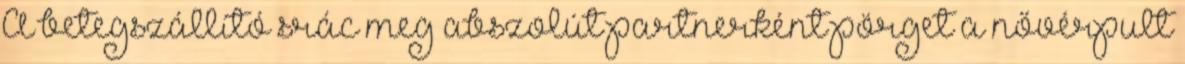
A betegszállító srác meg abszolút partnerként pörget a nővérpult